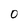
Character: o